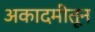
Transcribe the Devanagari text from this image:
अकादमीतून